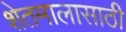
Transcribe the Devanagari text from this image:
शेतमालासाठी